Statistics compiled by the Government of India from the reports of provincial Civil Veterinary Departments
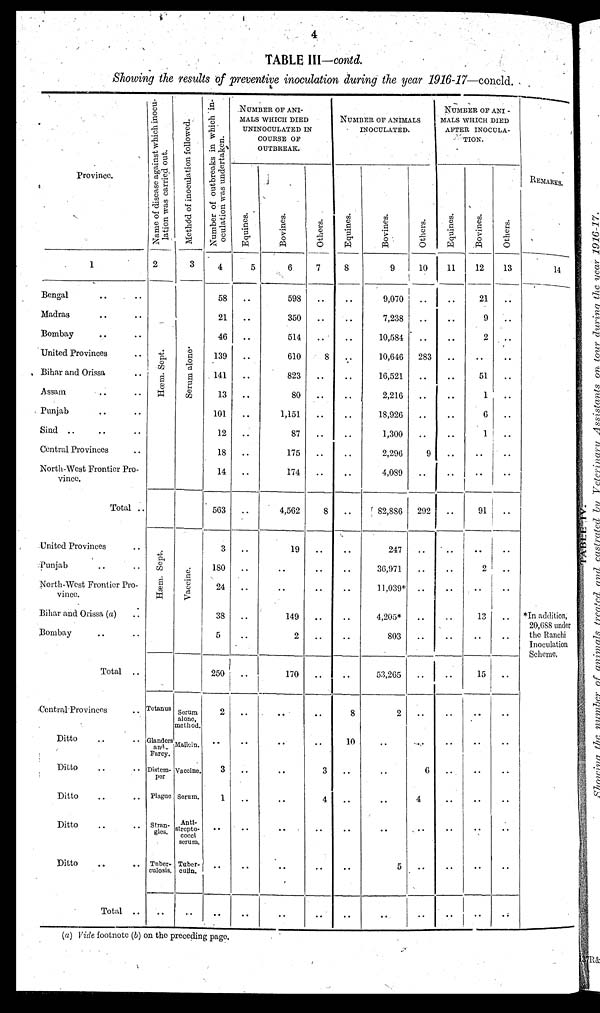
4.
TABLE III—contd.
Showing the results of preventive inoculation during the year 1916-17—concld.
Province.
1
Bengal .. ..
Madras .. ..
Bombay .. ..
United Provinces ..
Bihar and Orissa ..
Assam .. ..
Punjab .. ..
Sind
..
..
..
Central Provinces ..
North-West Frontier Pro-
vince.
Total ..
United Provinces ..
Punjab .. ..
North-West Frontier Pro-
vince.
Bihar and Orissa (a) ..
Bombay .. ..
Total ..
Central-Provinces ..
Ditto .. ..
Ditto .. ..
Ditto .. ..
Ditto .. ..
Ditto .. ..
Total ..
Name of disease against which inocu-
lation was carried out.
2
Hœm. Sept.
Hæm. Sept.
Tetanus
Glanders
and
Farcy.
Distem-
per
Plague
Stran-
gles.
Tuber-
culosis.
..
Method
of inoculation followed.
3
Serum alone.
Vaccine.
Serum
alono,
method.
Mullein.
Vaccine.
Serum.
Anti-
strepto-
cocci
serum.
Tuber-
culin.
..
Number of outbreaks in which in-
oculation was undertaken.
4
58
21
46
139
141
13
101
12
18
14
563
3
180
24
38
5
250
2
..
3
1
..
..
..
NUMBER OF ANI-
---- WHICH DIED
UNINOCULATED IN
COURSE OF
OUTBREAK.
Equines.
5
..
..
..
..
..
..
..
..
..
..
..
..
..
..
..
..
..
..
..
..
..
..
..
..
Bovines.
6
598
350
514
610
823
80
1,151
87
175
174
4,562
19
..
..
149
2
170
..
..
..
..
..
..
..
Others.
7
..
..
..
8
..
..
..
..
..
..
8
..
..
..
..
..
..
..
..
3
4
..
..
..
NUMBER OF ANIMALS
INOCULATED.
Equines.
8
..
..
..
..
..
..
..
..
..
..
..
..
..
..
..
..
..
8
10
..
..
..
..
..
Bovines.
9
9,070
7,238
10,584
10,646
16,521
2,216
18,926
1,300
2,296
4,089
82,886
247
36,971
11,039*
4,205*
803
53,265
2
..
..
..
..
5
..
Others.
10
..
..
..
283
..
..
..
..
9
..
292
..
..
..
..
..
..
..
..
6
4
..
..
..
NUMBER OF ANI-
MALS WHICH DIED
AFTER INOCULA-
TION.
Equines.
11
..
..
..
..
..
..
..
..
..
..
..
..
..
..
..
..
..
..
..
..
..
..
..
..
Bovines.
12
21
9
2
..
51
1
6
1
..
..
91
..
2
..
13
..
15
..
..
..
..
..
..
..
Others.
13
..
..
..
..
..
..
..
..
..
..
..
..
..
..
..
..
..
..
..
..
..
..
..
..
REMARKS.
14
*In addition,
20,688 under
the Ranchi
Inoculation
Scheme.
(a) Vide footnote (b) on the preceding page.